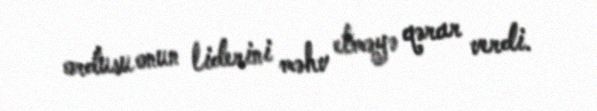
ordusu onun liderini məhv etməyə qərar verdi.